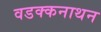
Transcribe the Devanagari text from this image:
वडक्कनाथन